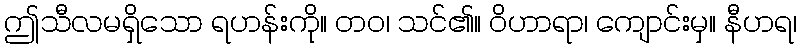
ဤသီလမရှိသော ရဟန်းကို။ တဝ၊ သင်၏။ ဝိဟာရာ၊ ကျောင်းမှ။ နီဟရ၊